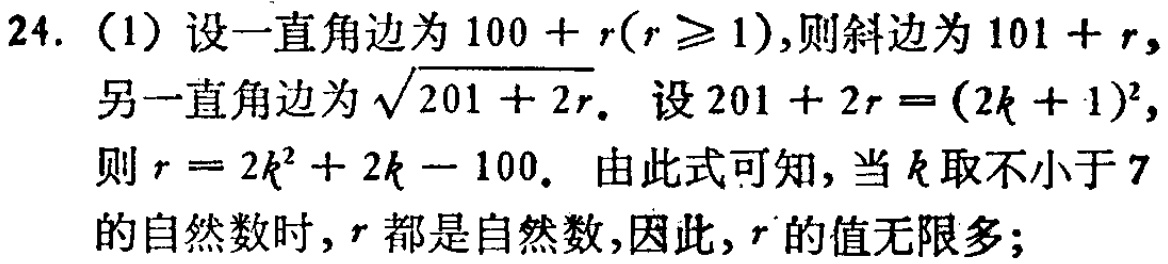
24. (1) 设一直角边为 \(100 + r(r\geq1)\)，则斜边为 \(101 + r\)，
另一直角边为 \(\sqrt{201 + 2r}\)。设 \(201 + 2r=(2k + 1)^2\)，
则 \(r = 2k^{2}+2k - 100\)。由此式可知，当 \(k\) 取不小于 \(7\)
的自然数时，\(r\) 都是自然数，因此，\(r\) 的值无限多；